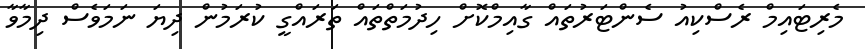
މެރިޓައިމް ރެސްކިއު ސެންޓަރުތައް ގާއިމްކޮށް ހިދުމަތްތައް ތަރައްގީ ކުރަމުން ދިޔަ ނަމަވެސް ދިމާވާ